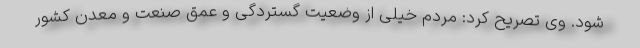
شود. وی تصریح کرد: مردم خیلی از وضعیت گستردگی و عمق صنعت و معدن کشور